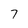
Character: 7